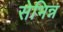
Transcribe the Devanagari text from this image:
सेभिन्न